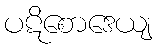
ပဋိစောဒေယျ